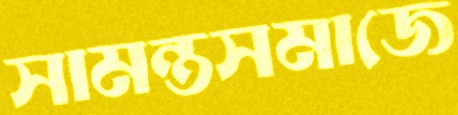
সামন্তসমাজে